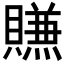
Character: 𰷖